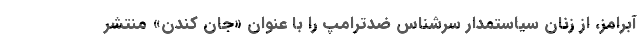
آبرامز، از زنان سیاستمدار سرشناس ضدترامپ را با عنوان «جان کندن» منتشر